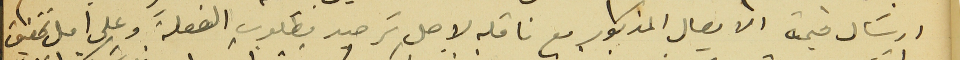
ارسَال قيمة الايصال المذكور مع ناقله لاجل ترصيد مطلوب الفعلة وعلى امل تحقيق